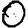
Digit: 0